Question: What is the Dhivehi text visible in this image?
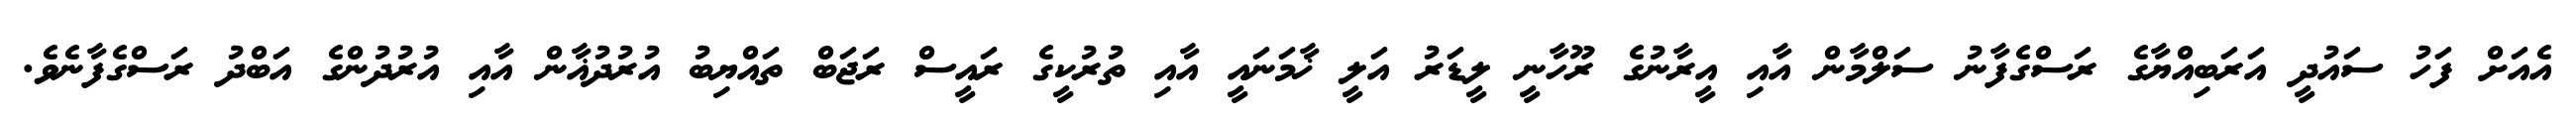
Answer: އެއަށް ފަހު ސައުދީ އަރަބިއްޔާގެ ރަސްގެފާނު ސަލްމާން އާއި އީރާނުގެ ރޫހާނީ ލީޑަރު އަލީ ޚާމަނައީ އާއި ތުރުކީގެ ރައީސް ރަޖަބް ތައްޔިބު އުރުދުޣާން އާއި އުރުދުންގެ އަބްދު ރަސްގެފާނެވެ.